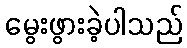
မွေးဖွားခဲ့ပါသည်